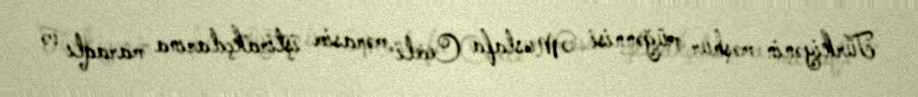
Türkiyənin məşhur müğənnisi Mustafa Ceceli mərasim iştirakçılarına maraqlı və